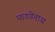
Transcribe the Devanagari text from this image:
घाडगेनाथ